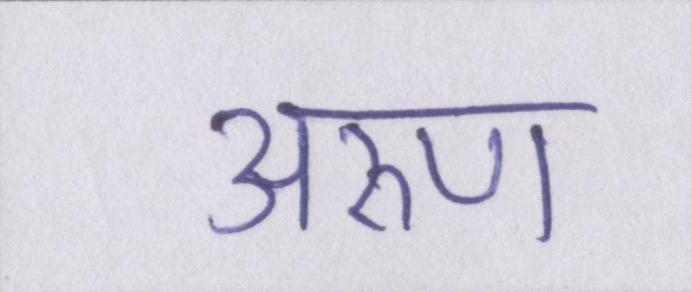
अरुण